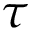
\tau